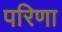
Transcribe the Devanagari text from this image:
परिणा